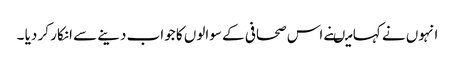
انہوں نے کہا میںنے اس صحافی کے سوالوں کا جواب دینے سے انکار کر دیا ۔